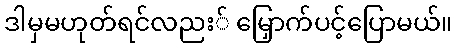
ဒါမှမဟုတ်ရင်လညး် မြှောက်ပင့်ပြောမယ်။